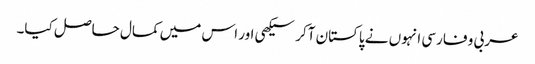
عربی و فارسی انہوں نے پاکستان آکر سیکھی اور اس میں کمال حاصل کیا۔